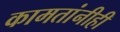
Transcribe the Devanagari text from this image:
कामतांनीही